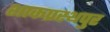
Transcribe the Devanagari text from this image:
शाकप्रस्थपुर